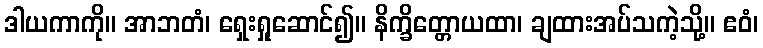
ဒါယကာကို။ အာဘတံ၊ ရှေးရှုဆောင်၍။ နိက္ခိတ္တောယထာ၊ ချထားအပ်သကဲ့သို့။ ဧဝံ၊